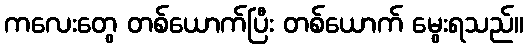
ကလေးတွေ တစ်ယောက်ပြီး တစ်ယောက် မွေးရသည်။